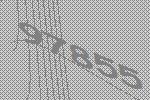
97855